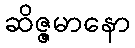
ဆိဇ္ဇမာနော